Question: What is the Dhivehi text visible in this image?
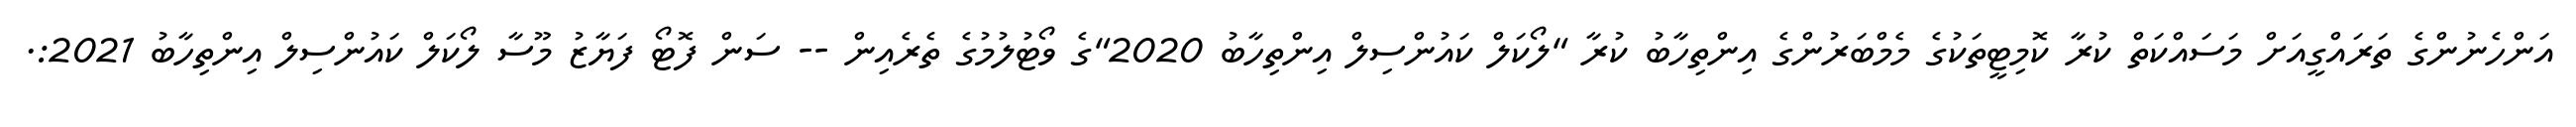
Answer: އަންހެނުންގެ ތަރައްގީއަށް މަސައްކަތް ކުރާ ކޮމިޓީތަކުގެ މެމްބަރުންގެ އިންތިހާބު ކުރާ "ލޯކަލް ކައުންސިލް އިންތިހާބު 2020"ގެ ވޯޓުލުމުގެ ތެރެއިން -- ސަން ފޮޓޯ ފަޔާޒު މޫސާ ލޯކަލް ކައުންސިލް އިންތިހާބު 2021:.